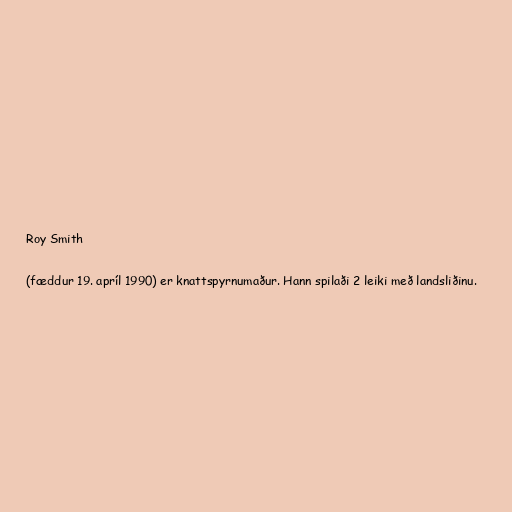
Roy Smith

(fæddur 19. apríl 1990) er knattspyrnumaður. Hann spilaði 2 leiki með landsliðinu.